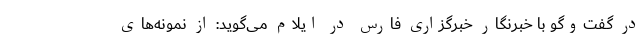
در گفت‌وگو با خبرنگار خبرگزاری فارس در ایلام می‌گوید: از نمونه‌های